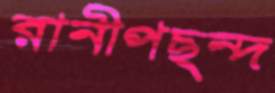
রানীপছন্দ